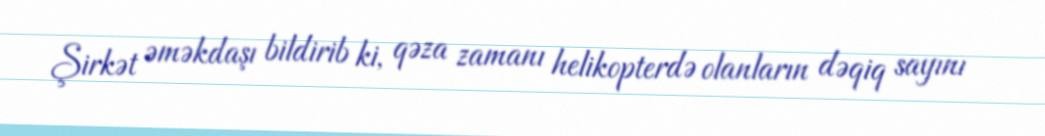
Şirkət əməkdaşı bildirib ki, qəza zamanı helikopterdə olanların dəqiq sayını